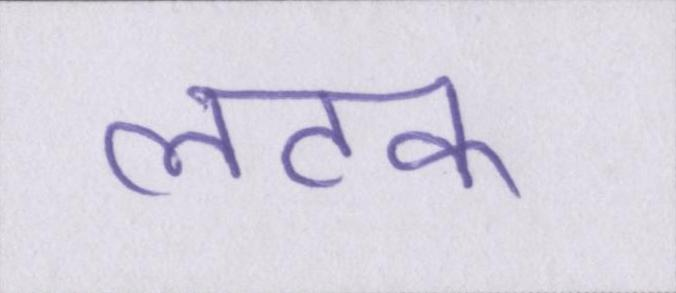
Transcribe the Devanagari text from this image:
लटक